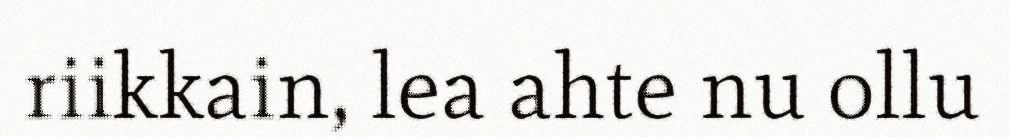
riikkain, lea ahte nu ollu